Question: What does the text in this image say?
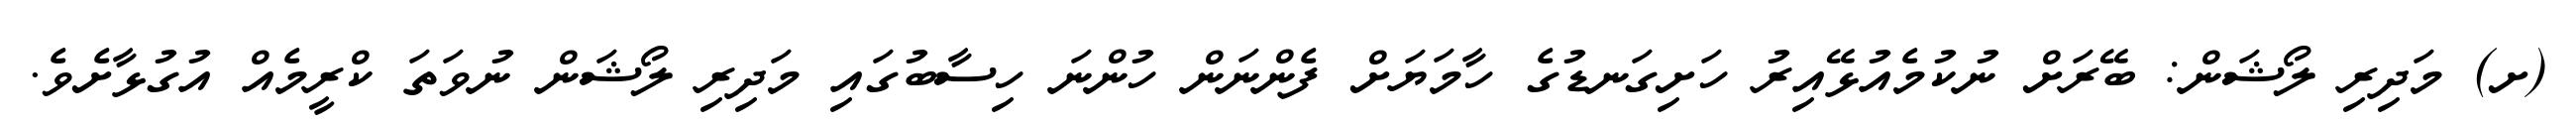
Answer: (ށ) މަދިރި ލޯޝަން: ބޭރަށް ނުކުމެއުޅޭއިރު ހަށިގަނޑުގެ ހާމަޔަށް ފެންނަން ހުންނަ ހިސާބުގައި މަދިރި ލޯޝަން ނުވަތަ ކްރީމެއް އުގުޅާށެވެ.